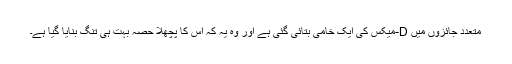
متعدد جائزوں میں D-میکس کی ایک خامی بتائی گئی ہے اور وہ یہ کہ اس کا پچھلا حصہ بہت ہی تنگ بنایا گیا ہے۔